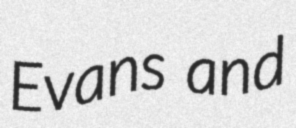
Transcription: Evans and